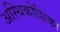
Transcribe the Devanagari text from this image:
अस्थिकोशिका